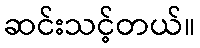
ဆင်းသင့်တယ်။